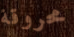
محروقة